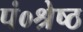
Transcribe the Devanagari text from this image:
पं०श्रेष्ठ